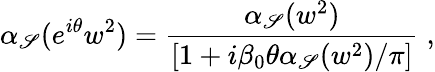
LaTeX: {\alpha}_{\mathscr{S}}({e}^{i{\theta}}w^{2})=\frac{{{\alpha}_{\mathscr{S}}(w^{2})}}{{[1+i{\beta}_{0}{\theta}{\alpha}_{\mathscr{S}}(w^{2})/{\pi}]}}\; ,